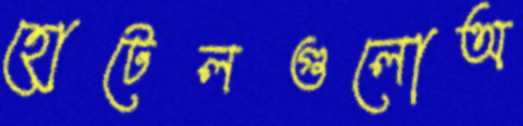
হোটেলগুলোঅ